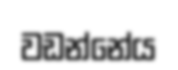
වඩන්නේය